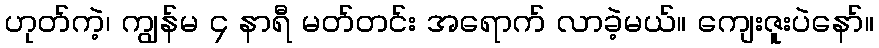
ဟုတ်ကဲ့၊ ကျွန်မ ၄ နာရီ မတ်တင်း အရောက် လာခဲ့မယ်။ ကျေးဇူးပဲနော်။